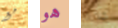
مع هو كلارك